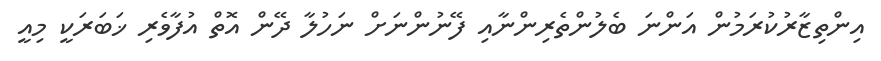
އިންތިޒާރުކުރަމުން އަންނަ ބެލުންތެރިންނާއި ފޭނުންނަށް ނަހުލާ ދޭން އޮތް އުފާވެރި ޚަބަރަކީ މިއީ